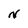
Character: N